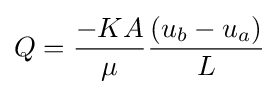
Q={\frac {-KA}{\mu }}{\frac {(u_{b}-u_{a})}{L}}